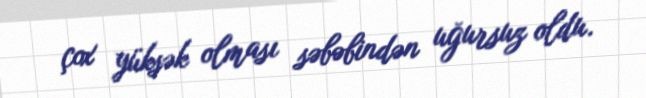
çox yüksək olması səbəbindən uğursuz oldu.